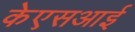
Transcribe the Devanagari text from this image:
केएसआई